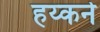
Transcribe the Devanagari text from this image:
हय्कने